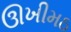
ઊખીમઠ